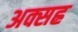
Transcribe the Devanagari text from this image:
अक्सह्र